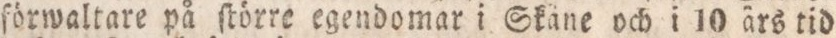
förwaltare på ſtörre egendomar i Skåne och i 10 ärs tid